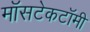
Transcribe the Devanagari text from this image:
मॉसटेकटॉमी